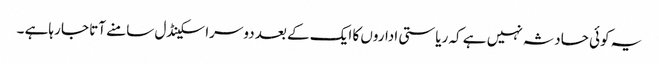
یہ کوئی حادثہ نہیں ہے کہ ریاستی اداروں کا ایک کے بعد دوسرا سکینڈل سامنے آتا جا رہاہے ۔